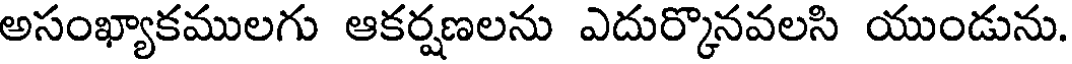
అసంఖ్యాకములగు ఆకర్షణలను ఎదుర్కొనవలసి యుండును.